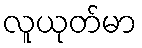
လူယုတ်မာ